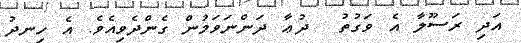
އަދި ރަސޫލާ އެ ވަގުތު  ދުޢާ ދަންނަވަމުން ގެންދެވިއެވެ. އެ ހިނދު